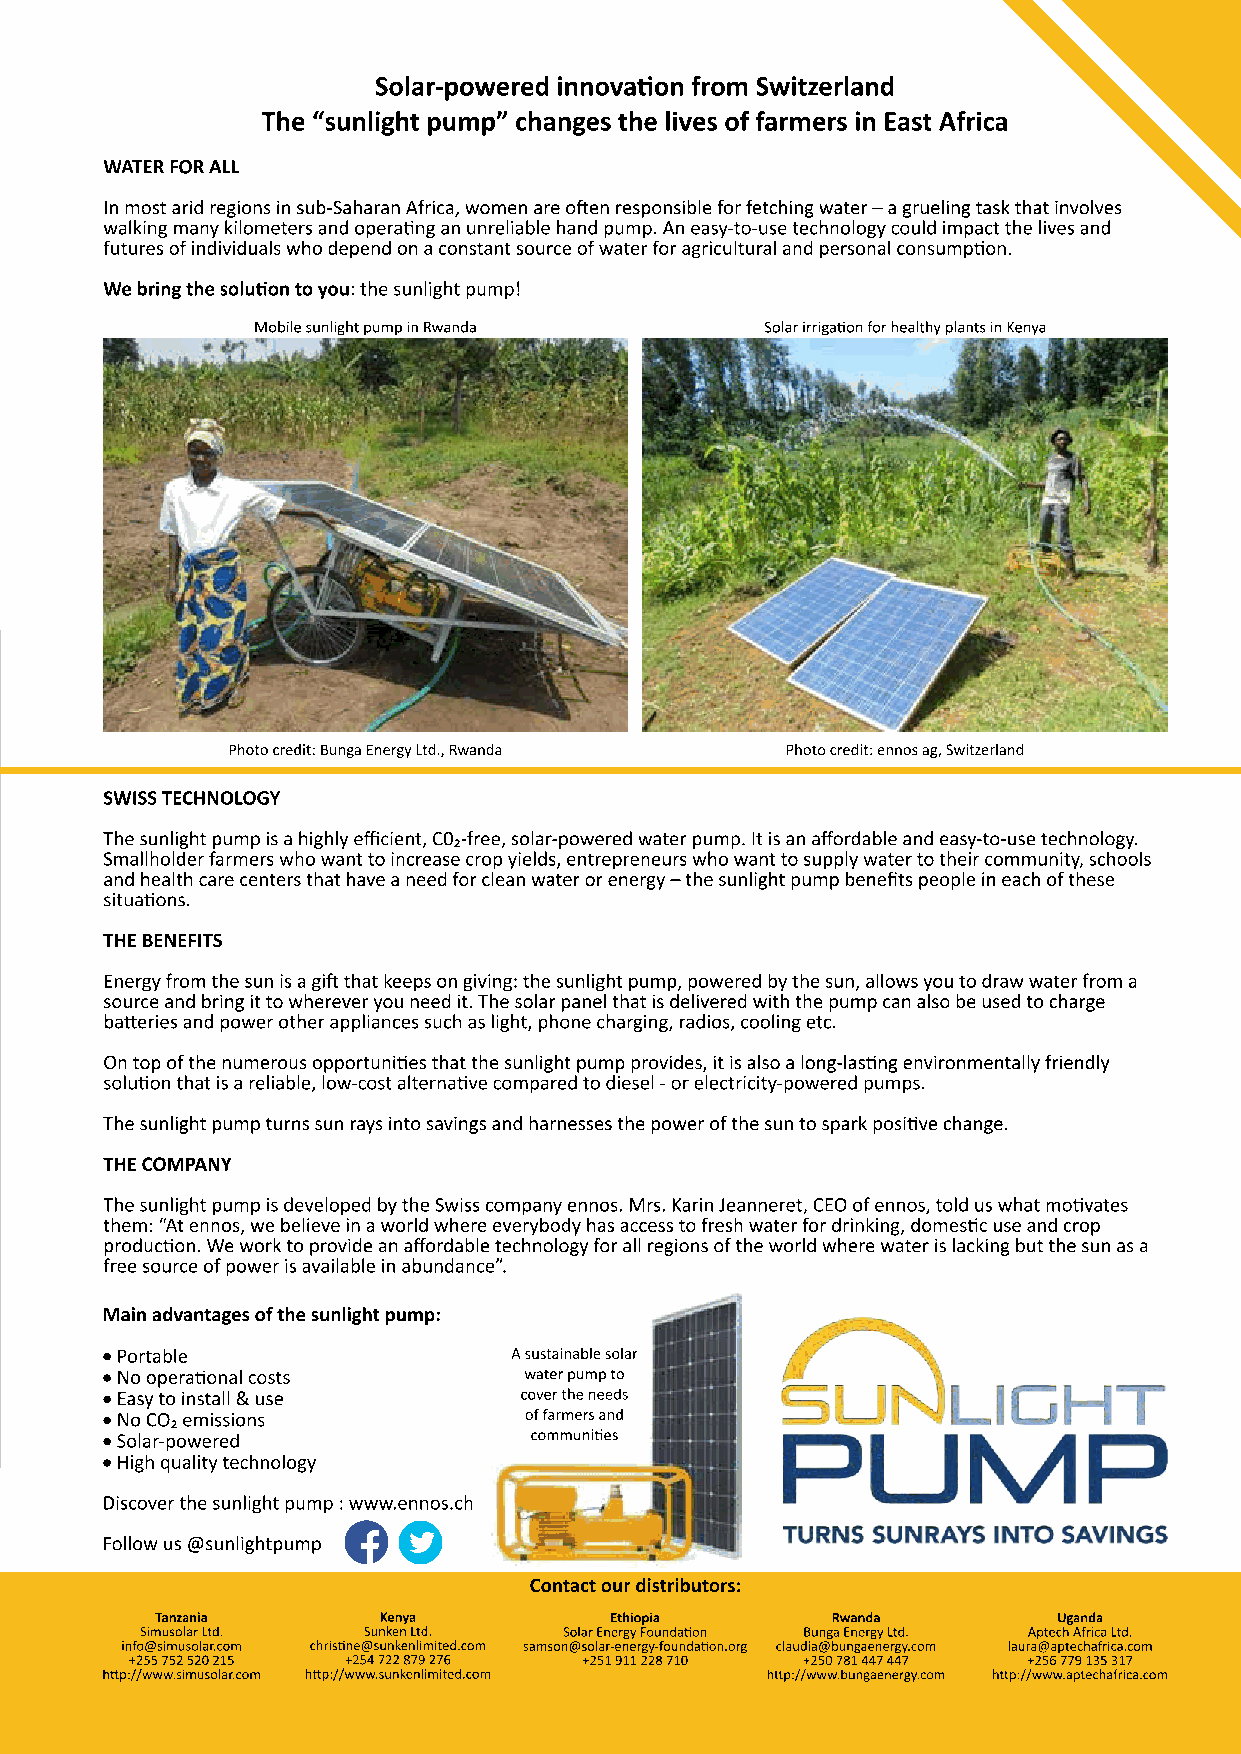
UNLOCK YOUR
 PIGS’ POTENTIAL
 From day 2 of life, help your pigs thrive as
 they transition through key milestones.
 Where most products feed the pig, Tonisity Improved gut health
 have developed products that are designed
 Decreased pre-weaning mortality
 to feed the gut of piglets at different stages
 Increased weights after weaning
 of their production lifecycle; in the
 and up to slaughter
 farrowing house, at weaning, and for
 weaned or fattening pigs. This leads to: Improved return on investment
 Tonisity are searching for a partner to
 distribute our products across Africa
 If you are an interested distributor, please contact:
 info@tonisity.com
 Tonisity.com
 w w w . w e s t a fr ic a n a g r i. c o m      W e s t A f r ican Agri business | O ctober - Dece m b e r 2 0 2 1 27